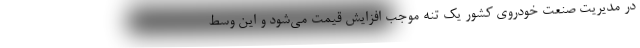
در مدیریت صنعت خودروی کشور یک تنه موجب افزایش قیمت می‌شود و این وسط